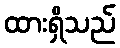
ထားရှိသည်